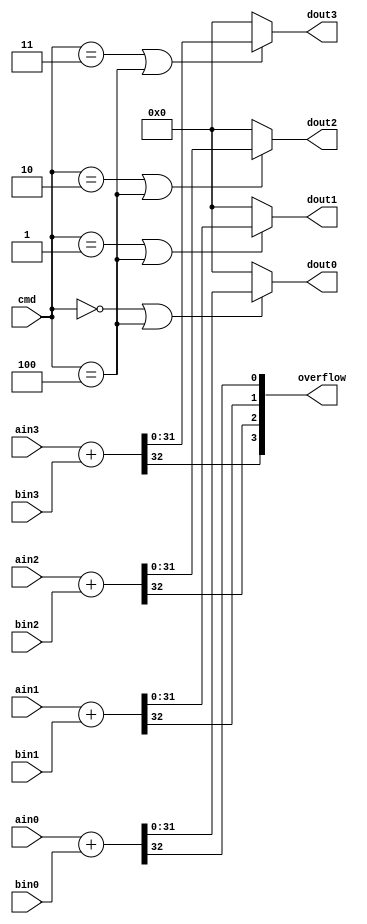
`timescale 1ns / 1ps
//////////////////////////////////////////////////////////////////////////////////
// Company: 
// Engineer: 
// 
// Design Name: 
// Module Name: adder_array
// Project Name: 
// Target Devices: 
// Tool Versions: 
// Description: 
// 
// Dependencies: 
// 
// Revision:
// Revision 0.01 - File Created
// Additional Comments:
// 
//////////////////////////////////////////////////////////////////////////////////


module adder_array(cmd, ain0, ain1, ain2, ain3, bin0, bin1, bin2, bin3, dout0, dout1, dout2, dout3, overflow);

input [2:0] cmd;
input [31:0] ain0, ain1, ain2, ain3;
input [31:0] bin0, bin1, bin2, bin3;
output [31:0] dout0, dout1, dout2, dout3;
output [3:0] overflow;

wire [31:0] ain[3:0], bin[3:0];
wire [31:0] dout[3:0];

assign {ain[3], ain[2], ain[1], ain[0]} = {ain3, ain2, ain1, ain0};
assign {bin[3], bin[2], bin[1], bin[0]} = {bin3, bin2, bin1, bin0};
assign dout3 = cmd == 3 || cmd == 4 ? dout[3] : 32'b0;
assign dout2 = cmd == 2 || cmd == 4 ? dout[2] : 32'b0;
assign dout1 = cmd == 1 || cmd == 4 ? dout[1] : 32'b0;
assign dout0 = cmd == 0 || cmd == 4 ? dout[0] : 32'b0;

genvar i;
generate for (i=0; i<4; i = i+1)
    begin
       assign {overflow[i], dout[i]} = ain[i] + bin[i];
       
end endgenerate



endmodule